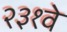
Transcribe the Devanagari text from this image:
२३१वे